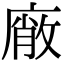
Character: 𭙱